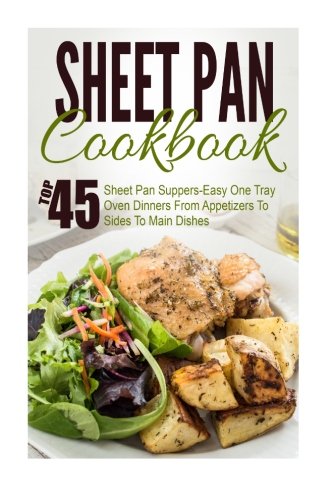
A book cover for Sheet Pan Cookbook: Top 45 Sheet Pan Suppers-Easy One Tray Oven Dinners From Appetizers To Sides To Main Dishes (Sheet Pan Suppers, Sheet Pan Suppers ... One Pot Meals, Sheet Pan Cookbook, Cast Iron); Trisha Eakman; Cookbooks, Food & Wine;